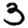
Digit: 3